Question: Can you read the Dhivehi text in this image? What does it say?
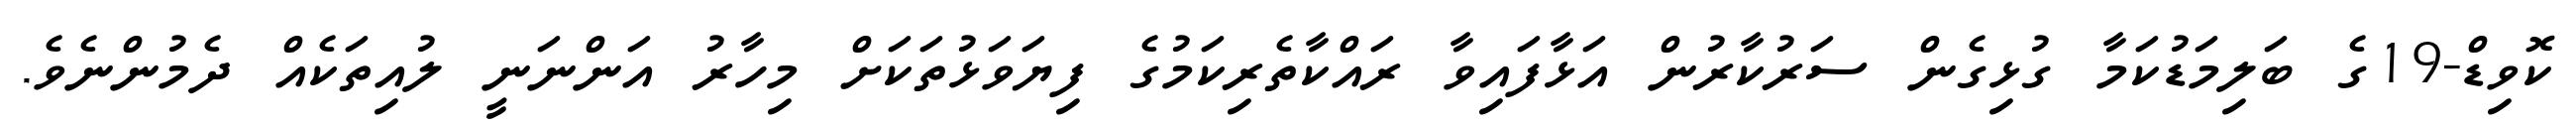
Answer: ކޮވިޑް-19ގެ ބަލިމަޑުކަމާ ގުޅިގެން ސަރުކާރުން އަޅާފައިވާ ރައްކާތެރިކަމުގެ ފިޔަވަޅުތަކަށް މިހާރު އަންނަނީ ލުއިތަކެއް ދެމުންނެވެ.